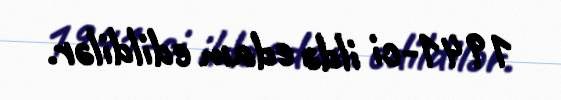
1941-ci ildə edam edildilər.